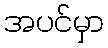
အပင်မှာ